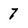
Character: 7